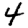
Digit: 4